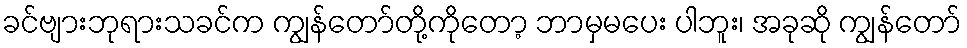
ခင်ဗျားဘုရားသခင်က ကျွန်တော်တို့ကိုတော့ ဘာမှမပေး ပါဘူး၊ အခုဆို ကျွန်တော်